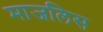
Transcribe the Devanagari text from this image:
माजलिस